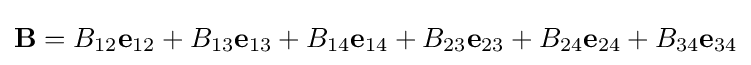
\mathbf {B} =B_{12}\mathbf {e} _{12}+B_{13}\mathbf {e} _{13}+B_{14}\mathbf {e} _{14}+B_{23}\mathbf {e} _{23}+B_{24}\mathbf {e} _{24}+B_{34}\mathbf {e} _{34}